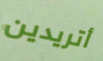
أتريدين